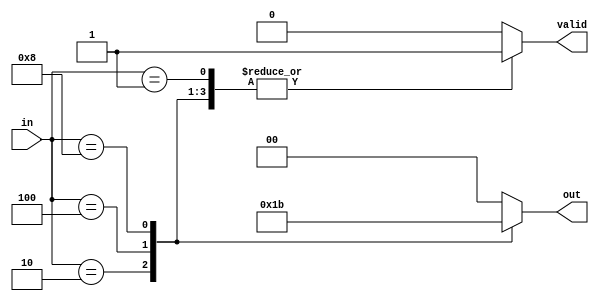
module multilevel_encoder (
    input wire [3:0] in,   // 4 input lines
    output reg [1:0] out,  // 2 output lines
    output reg valid        // Indicates if the output is valid
);

    always @(*) begin
        // Default values
        out = 2'b00;
        valid = 1'b0;

        case (in)
            4'b0001: begin
                out = 2'b00; // Input 0 active
                valid = 1'b1;
            end
            4'b0010: begin
                out = 2'b01; // Input 1 active
                valid = 1'b1;
            end
            4'b0100: begin
                out = 2'b10; // Input 2 active
                valid = 1'b1;
            end
            4'b1000: begin
                out = 2'b11; // Input 3 active
                valid = 1'b1;
            end
            default: begin
                // If no input or multiple inputs are active
                out = 2'b00; // Default output
                valid = 1'b0; // Invalid output
            end
        endcase
    end

endmodule